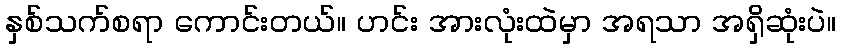
နှစ်သက်စရာ ကောင်းတယ်။ ဟင်း အားလုံးထဲမှာ အရသာ အရှိဆုံးပဲ။